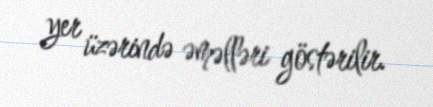
yer üzərində əməlləri göstərilir.